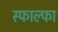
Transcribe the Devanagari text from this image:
स्फाल्फा